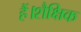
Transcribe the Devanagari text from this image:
हैं।शैक्षिक